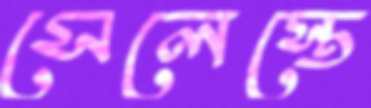
সেলেস্তে